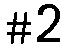
#2